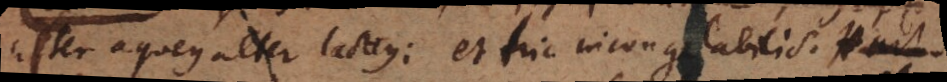
alter aqueus alter lacteus: et hic incongelabilis. Hart-